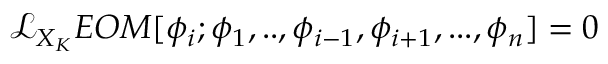
\mathcal { L } _ { X _ { K } } E O M [ \phi _ { i } ; \phi _ { 1 } , . . , \phi _ { i - 1 } , \phi _ { i + 1 } , . . . , \phi _ { n } ] = 0